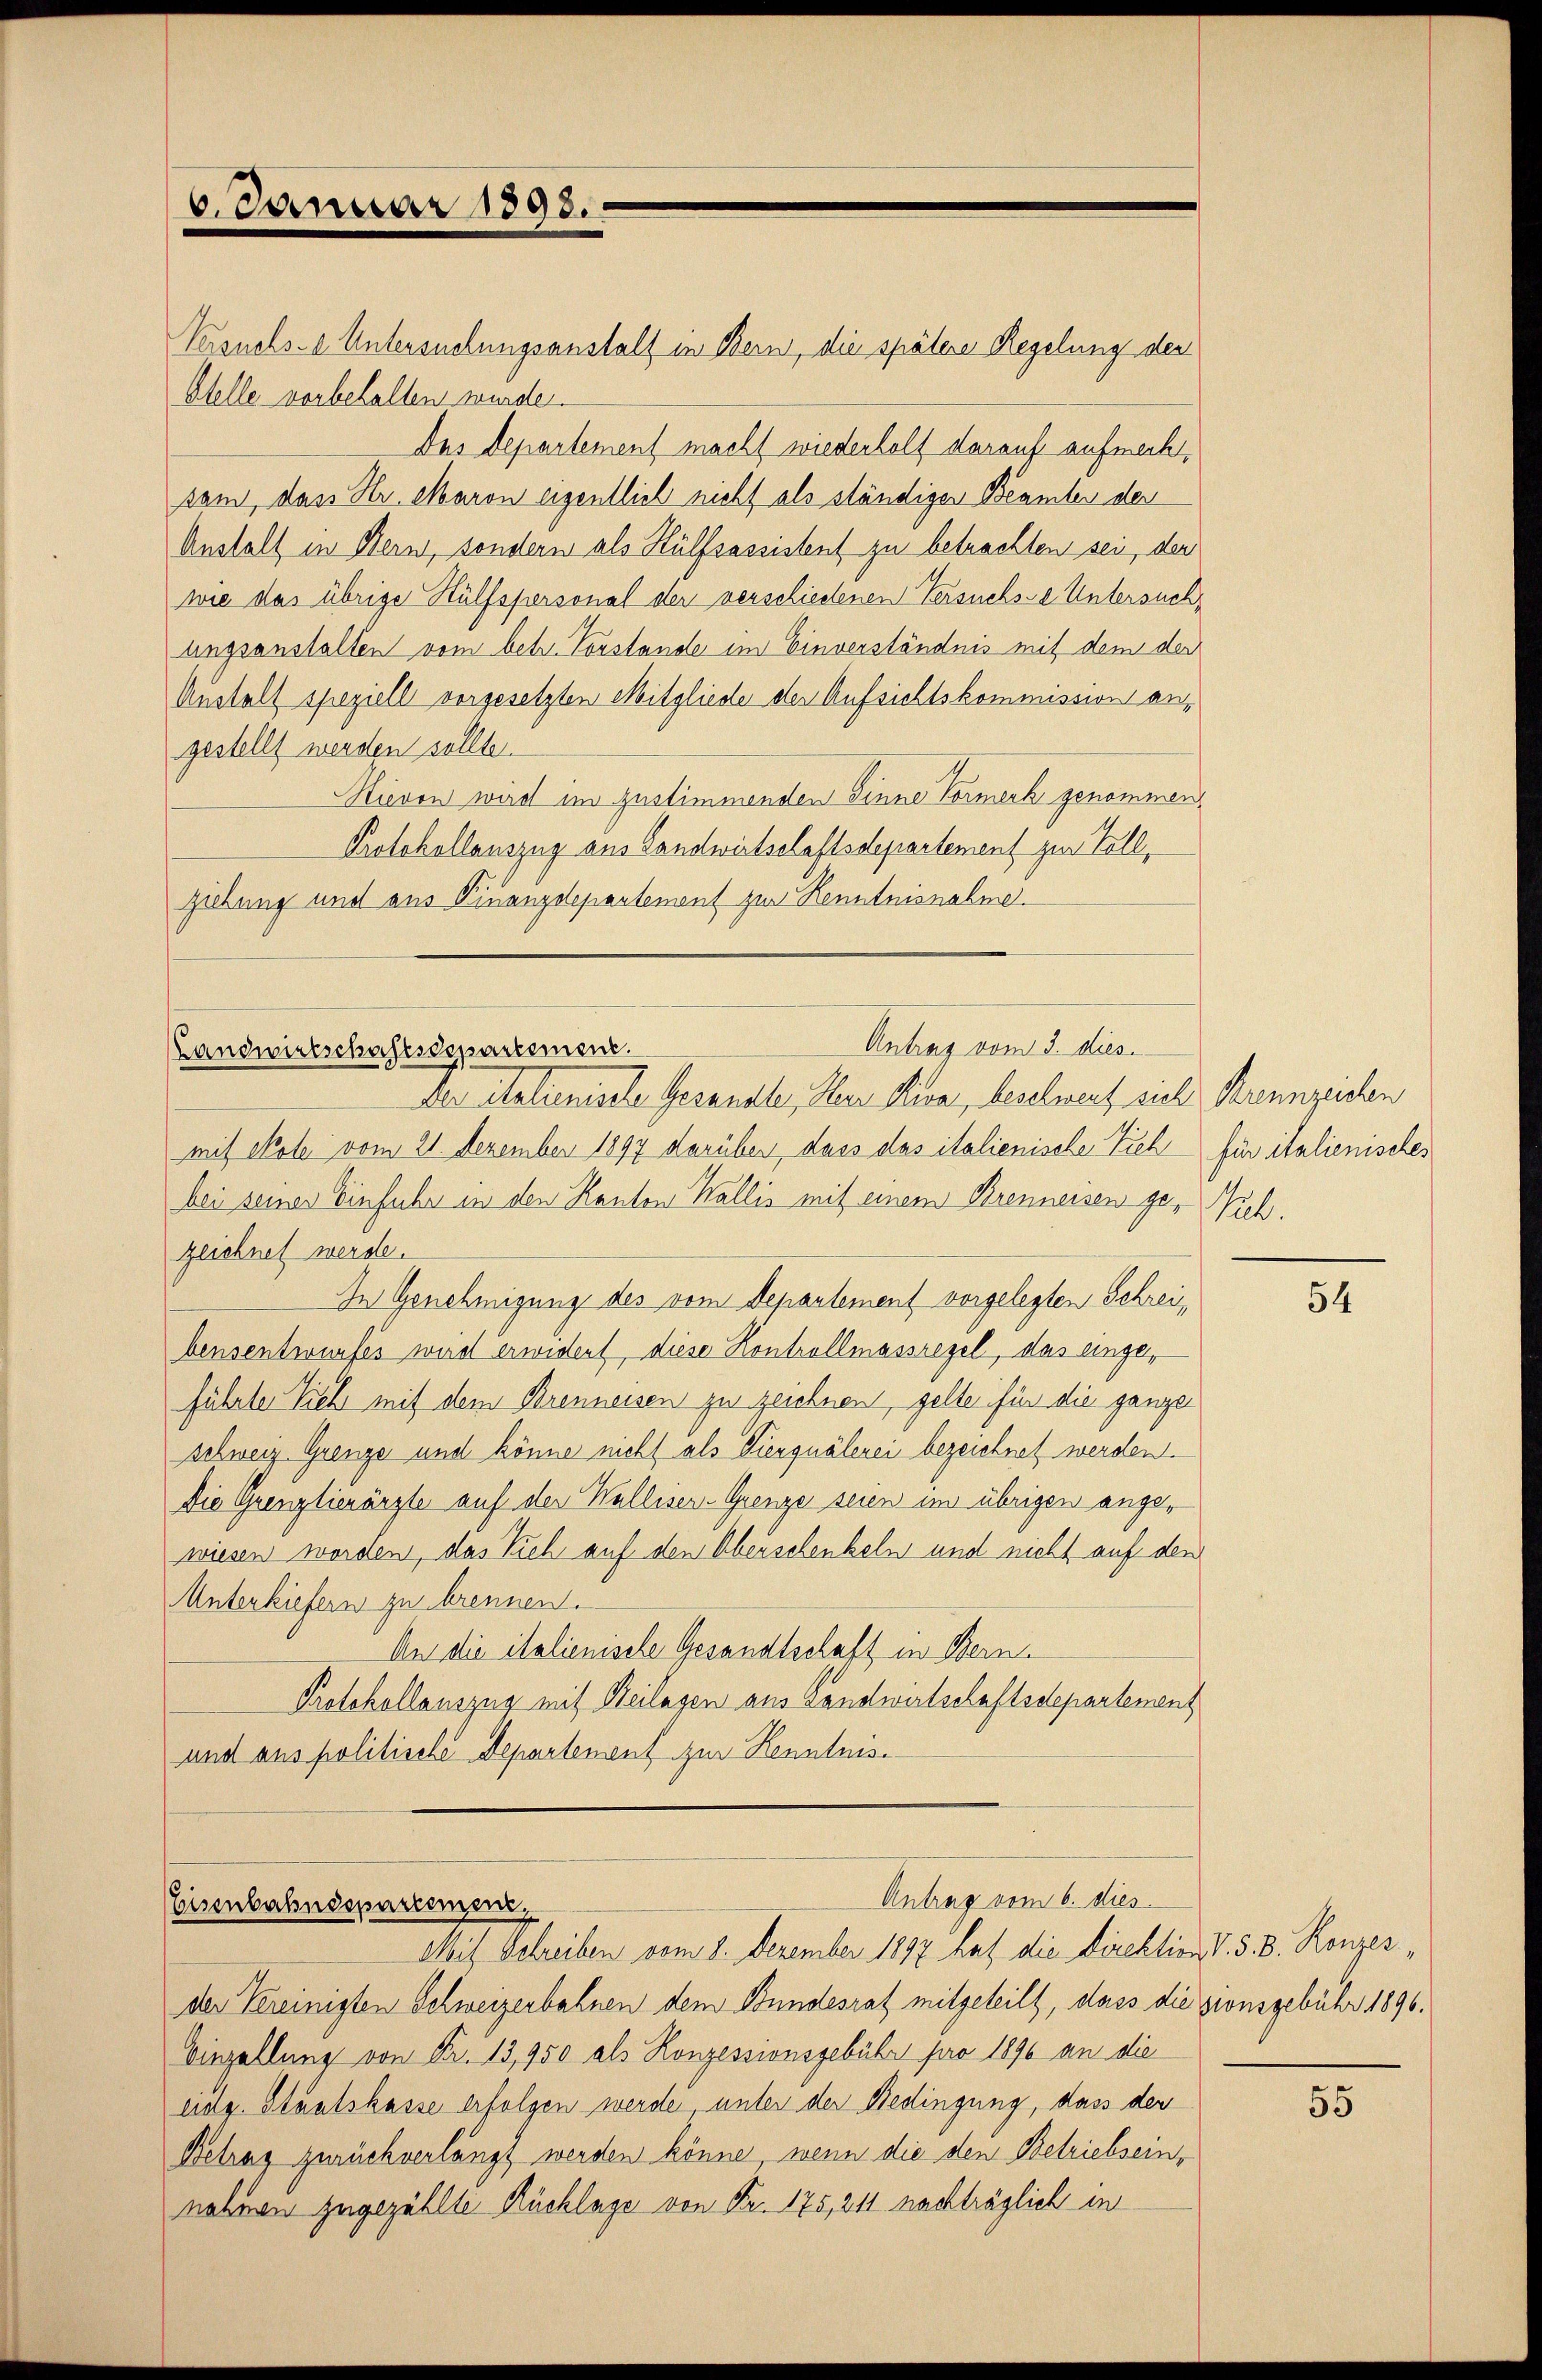
6. Januar 1898.

Landwirtschaftsdepartemen

Versuchs-a Untersuchungsanstalt in Bern, die spätere Regelung der
Stelle vorbehalten wurde.
Das Departement macht wiederholt darauf aufrecht,
sam, das Hr. Maron eigentlich nicht als ständiger Beamten der
Anstalt in Bern, sondern als Hülfsassistent zu betrachten sei, der
wie das übrige Hülfspersonal der verschiedenen Versuchse Untersuchungsanstalten vom betr. Vorstande im Einverständnis mit dem der
Austalt speziell vorgesetzten Mitgliede der Aufsichtskommission angestellt werden sollten.
Hievon wird im zustimmenden Sinne Vormerk genommen
Protokollauszug aus Landwirtschaftsdepartement zur Toll,
ziehung und aus Finanzdepartement zur Kenntnisnahme.

Der italamirte Gesandte, dem Kur, beschwert sich Kennzeichen
mit Sole vom 21. Dezember 1897 darüber, dass das italienische Vieh für italienisches
bei seiner Einfuhr in den Kanton Wallis mit einem Brenneisen ge- Nich
zeichnet werde.
In Genehmigung des vom Departement vorgelegten Schreibensentwurfes wird erwidert, diese Kontrollmassregel, das eingeführter Vieh mit dem Brenneisen zu zeichnen, gelte für die ganze
schweiz Grenze und könne nicht als Vierquälerei bezeichnet werden.
Die Grenzlienärzte auf der Walliser-Grenze seien im übrigen angewiesen worden, das Vieh auf den Oberschenkeln und nicht auf den
Unterkiefern zu brennen.
An die italienische Gesandtschaft in Bern.
Protokollauszug mit Beilagen aus Landwirtschaftsdepartement
und aus politische Departement zur Kenntnis¬

Antrag vom 3. dies

Antrag vom 6. dies
Eisenbahndepartement,
Mit Schreiben vom 8. Dezember 1897 hat die Direktion d. d. 8. Ronzes¬

54

der Vereinigten Schweizerbahnen dem Bundesrat mitgeteilt, dass die sionsgebühr 1896.
Einzellung von Fr. 13,950 als Konzessionsgebühr pro 1890 an die
eidg. Staatskasse erfolgen werde unter der Bedingung, dass der
Betrag zurückverlangt werden könne, wenn die den Betriebsein,
nahmen zugezählte Ruchlage von Fr. 175, 211 nachträglich in

55